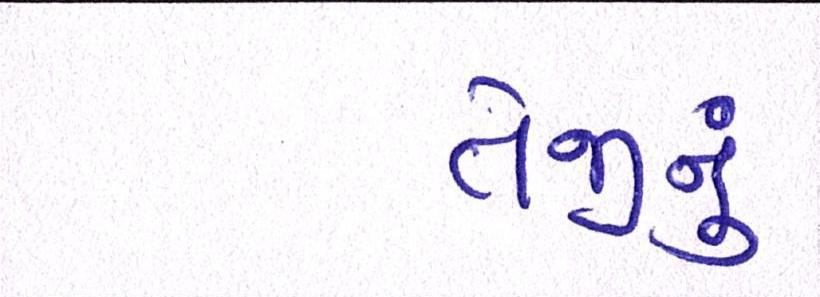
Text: તેજીનું